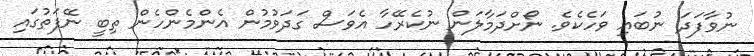
ނުވާފަދަ ނުބައި ވަހެކެވެ. ނޯށްދަމާލަން ނުކެރޭހާ އެވަސް ގަދަވުމުން އެންމެންހެން ތިބީ ނޭފަތުގައި